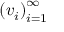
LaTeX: \left( v _ { i } \right) _ { i = 1 } ^ { \infty }